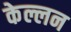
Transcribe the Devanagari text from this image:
केल्लन